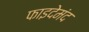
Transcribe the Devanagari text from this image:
फाइदेमंद